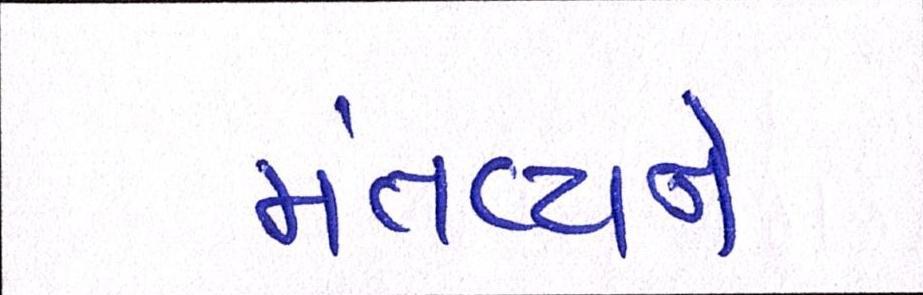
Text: મંતવ્યને